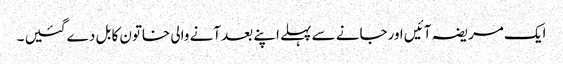
ایک مریضہ آئیں اورجانے سے پہلے اپنے بعد آنے والی خاتون کا بل دے گئیں ۔